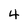
Character: 4